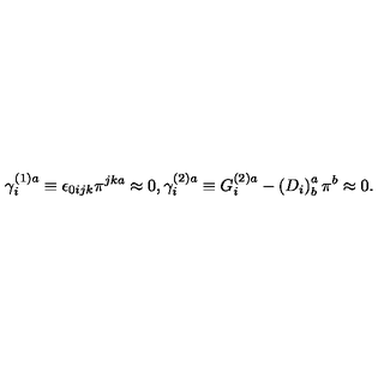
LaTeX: \gamma _ { i } ^ { ( 1 ) a } \equiv \epsilon _ { 0 i j k } \pi ^ { j k a } \approx 0 , \gamma _ { i } ^ { ( 2 ) a } \equiv G _ { i } ^ { ( 2 ) a } - \left( D _ { i } \right) _ { b } ^ { a } \pi ^ { b } \approx 0 .